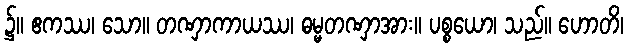
၌။ ဧကဿ၊ သော။ တဏှာကာယဿ၊ ဓမ္မတဏှာအား။ ပစ္စယော၊ သည်။ ဟောတိ၊